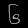
Digit: ၆